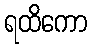
ရထိကော